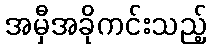
အမှီအခိုကင်းသည့်